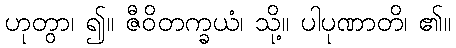
ဟုတွာ၊ ၍။ ဇီဝိတက္ခယံ၊ သို့။ ပါပုဏာတိ၊ ၏။